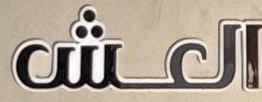
العش